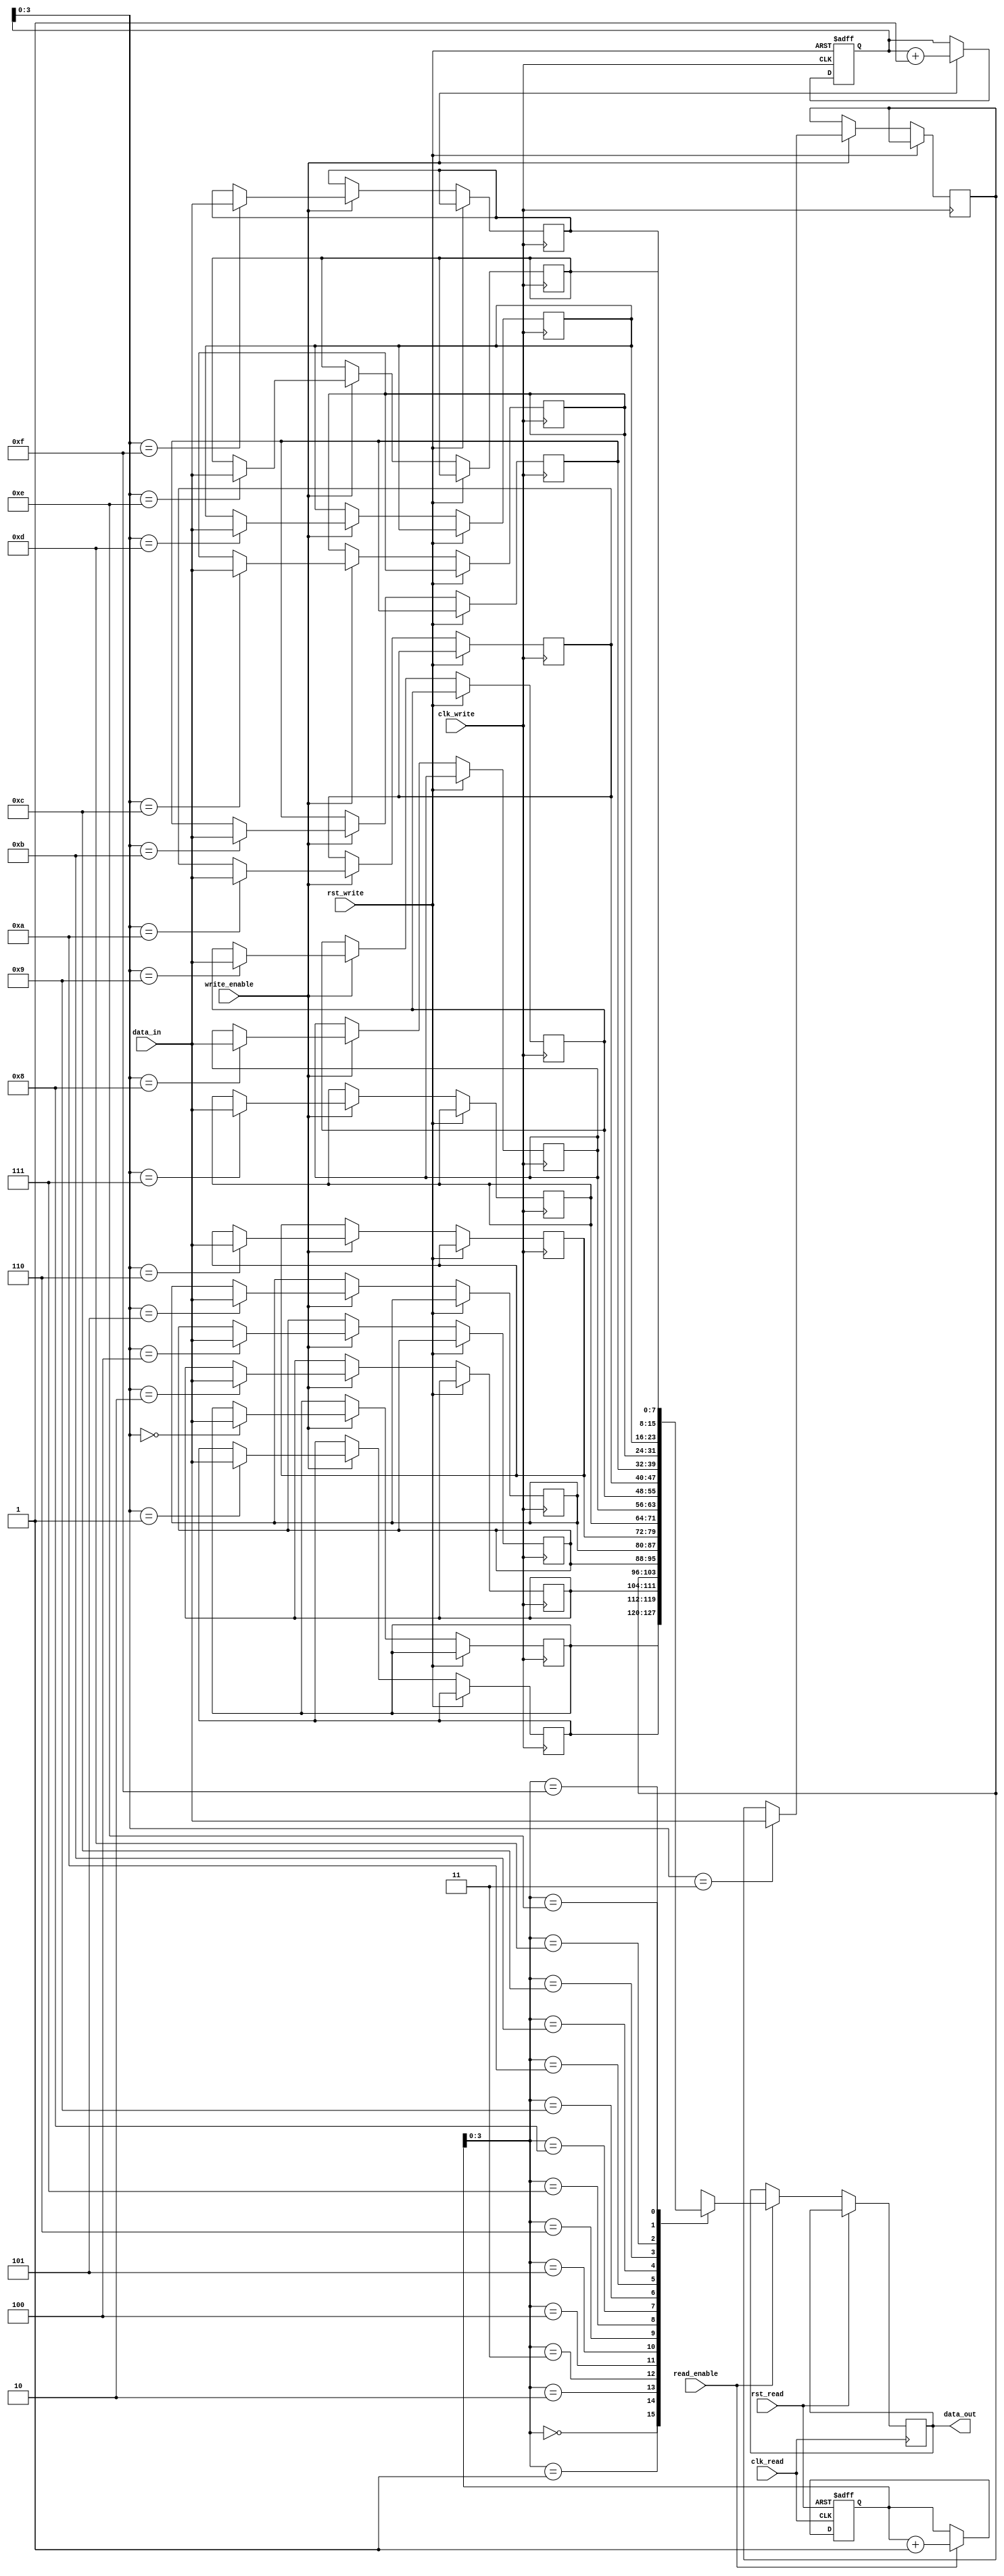
module dual_port_fifo (
    input wire clk_write,
    input wire rst_write,
    input wire [DATA_WIDTH-1:0] data_in,
    input wire write_enable,
    
    input wire clk_read,
    input wire rst_read,
    output reg [DATA_WIDTH-1:0] data_out,
    input wire read_enable
);

parameter DATA_WIDTH = 8;
parameter DEPTH = 16;

reg [DATA_WIDTH-1:0] fifo_array [0:DEPTH-1];
reg [4:0] write_index;
reg [4:0] read_index;

always @(posedge clk_write or posedge rst_write) begin
    if (rst_write) begin
        write_index <= 0;
    end else begin
        if (write_enable) begin
            fifo_array[write_index] <= data_in;
            write_index <= write_index + 1;
        end
    end
end

always @(posedge clk_read or posedge rst_read) begin
    if (rst_read) begin
        read_index <= 0;
    end else begin
        if (read_enable) begin
            data_out <= fifo_array[read_index];
            read_index <= read_index + 1;
        end
    end
end

endmodule